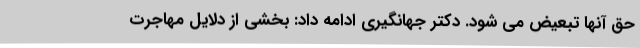
حق آنها تبعیض می شود. دکتر جهانگیری ادامه داد: بخشی از دلایل مهاجرت